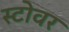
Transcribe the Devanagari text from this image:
स्टोवर